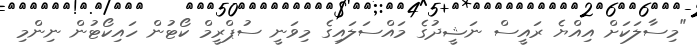
"މިސާލަކަށް އިއްޔެ ރައީސް ނަޝީދުގެ މައްސަލައިގެ މިވަނީ ސުޕްރީމް ކޯޓުން ހައިކޯޓުން ނިންމި